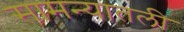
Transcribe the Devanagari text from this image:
सामन्यातली